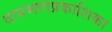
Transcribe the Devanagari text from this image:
दायभागप्रकाशिका